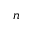
n